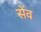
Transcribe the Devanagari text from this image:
सेंव